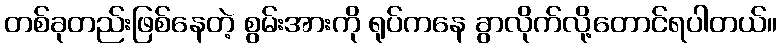
တစ်ခုတည်းဖြစ်နေတဲ့ စွမ်းအားကို ရုပ်ကနေ ခွာလိုက်လို့တောင်ရပါတယ်။